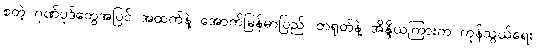
စတဲ့ ဂုဏ်ပုဒ်တွေအပြင် အထက်နဲ့ အောက်မြန်မာပြည်၊ တရုတ်နဲ့ အိန္ဒိယကြားက ကုန်သွယ်ရေး